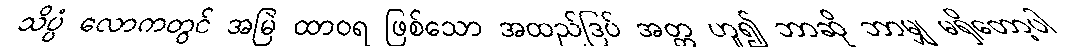
သိပ္ပံ လောကတွင် အမြဲ ထာဝရ ဖြစ်သော အထည်ဒြပ် အတ္တ ဟူ၍ ဘာဆို ဘာမျှ မရှိတော့ပါ